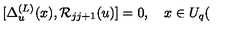
\lbrack \Delta _ { u } ^ { ( L ) } ( x ) , \mathcal { R } _ { j j + 1 } ( u ) ] = 0 , \quad x \in U _ { q } (